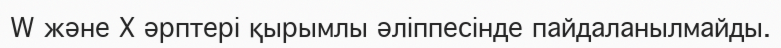
W және X әрптері қырымлы әліппесінде пайдаланылмайды.